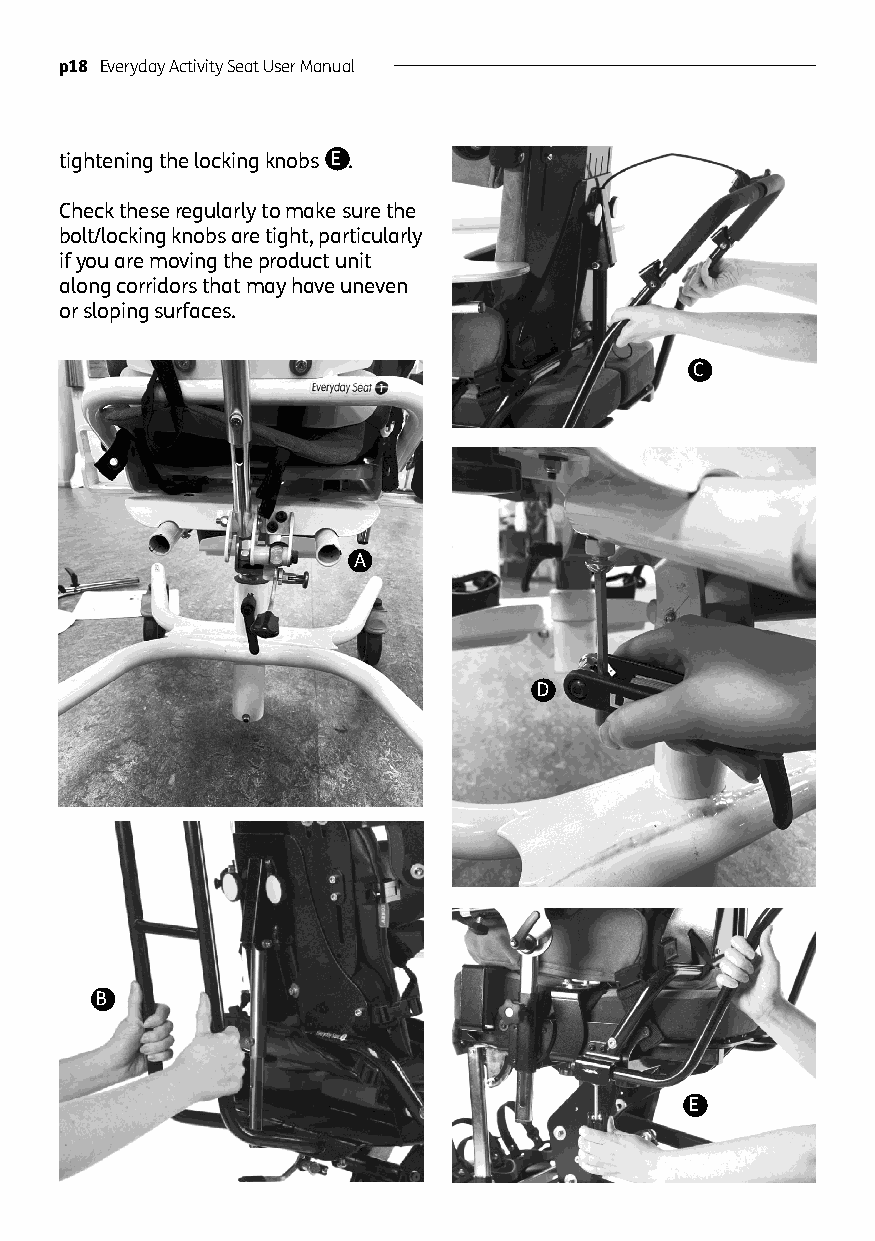
p18 Everyday Activity Seat User Manual
 tightening the locking knobs E .
 Check these regularly to make sure the
 bolt/locking knobs are tight, particularly
 if you are moving the product unit
 along corridors that may have uneven
 or sloping surfaces.
 C
 A
 D
 B
 E